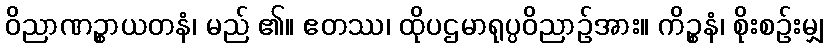
ဝိညာဏဉ္စာယတနံ၊ မည် ၏။ ဧတဿ၊ ထိုပဌမာရုပ္ပဝိညာဉ်အား။ ကိဉ္စနံ၊ စိုးစဉ်းမျှ